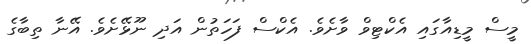
މީސް މީޑިއާގައި އެކްޓިވް ވާށެވެ. އެކްސް ފަހަތުން އަދި ނޫޅޭށެވެ. އޭނާ ތިބާގެ